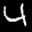
Label: 4